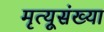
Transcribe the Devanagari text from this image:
मृत्यूसंख्या